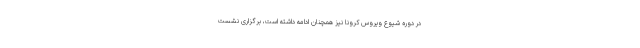
در دوره شیوع ویروس کرونا نیز همچنان ادامه داشته است، برگزاری نشست